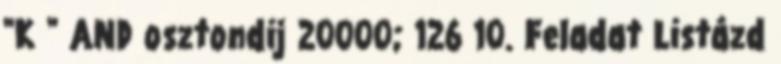
"K " AND osztondij 20000; 126 10. Feladat Listázd